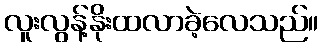
လူးလွန့်နိုးထလာခဲ့လေသည်။